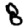
Digit: 8